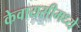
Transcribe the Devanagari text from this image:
केवायसीमध्ये